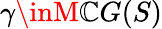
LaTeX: \gamma\inM\mathbb{C}G(S)